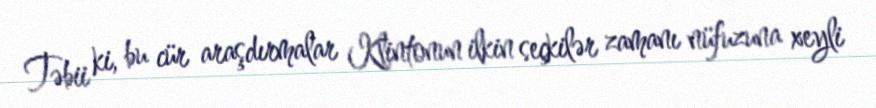
Təbii ki, bu cür araşdırmalar Klintonun ilkin seçkilər zamanı nüfuzuna xeyli